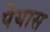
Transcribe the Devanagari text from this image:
पेयास